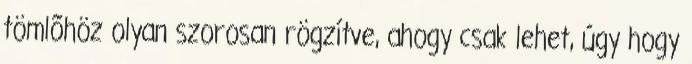
tömlõhöz olyan szorosan rögzítve, ahogy csak lehet, úgy hogy